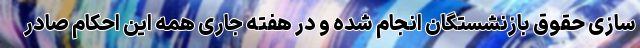
سازی حقوق بازنشستگان انجام شده و در هفته جاری همه این احکام صادر